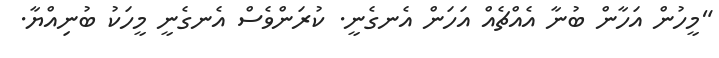
"މީހުން އަހާން ބުނާ އެއްޗެއް އަހަން އެނގެނީ. ކުރަންވެސް އެނގެނީ މީހަކު ބުނިއްޔާ.